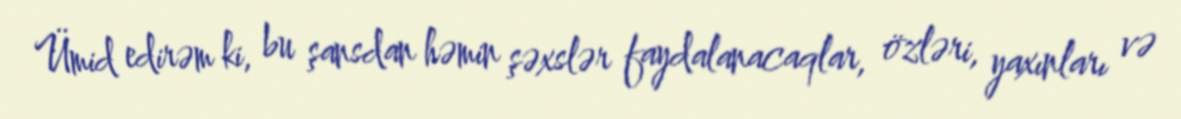
Ümid edirəm ki, bu şansdan həmin şəxslər faydalanacaqlar, özləri, yaxınları və